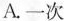
A.一次